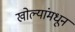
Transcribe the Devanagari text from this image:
खोल्यांमधून